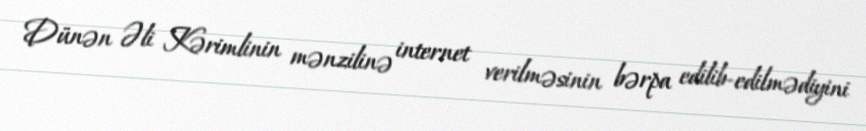
Dünən Əli Kərimlinin mənzilinə internet verilməsinin bərpa edilib-edilmədiyini